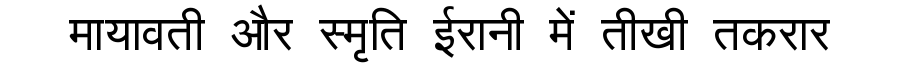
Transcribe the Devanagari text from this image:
मायावती और स्मृति ईरानी में तीखी तकरार